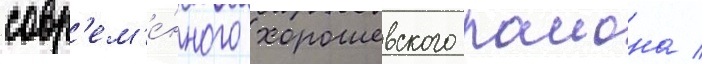
совр'ем'е́нного хорошевского раиона /